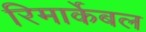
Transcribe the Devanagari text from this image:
रिमार्केबल